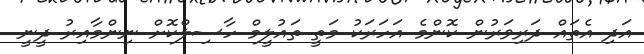
އަދި އެތައް ދަރިވަރުން ކޮންމެ އަހަރަކު މަތީ ތައުލީމް ހާސިލްކޮށް ނިންމާއިރު ދީނީ